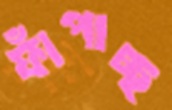
ফাঁপাচ্ছ